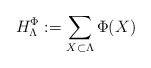
\begin{align*} H_\Lambda^{\Phi}:=\sum_{X\subset \Lambda} \Phi(X)\end{align*}